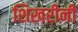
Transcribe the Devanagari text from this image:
शिखरीनी